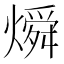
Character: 𬋊